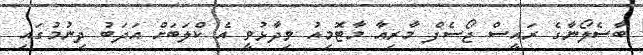
ބާސެލޯނާގެ ރައީސް ޖޯސެފް މާރިއާ މާޓޮމިއު ވިދާޅުވީ އެ ކްލަބަށް އަދަބު ދިނުމުގައި